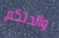
والدتكم